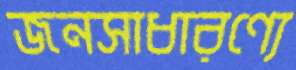
জনসাধারণ্যে